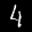
Digit: 4